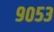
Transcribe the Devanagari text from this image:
९०५३